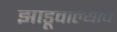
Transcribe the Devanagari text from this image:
झाडूवाल्यांचे